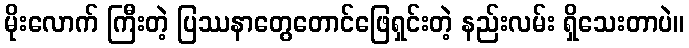
မိုးလောက် ကြီးတဲ့ ပြဿနာတွေတောင်ဖြေရှင်းတဲ့ နည်းလမ်း ရှိသေးတာပဲ။